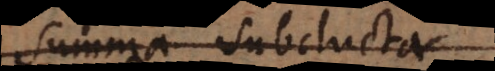
summa subducta